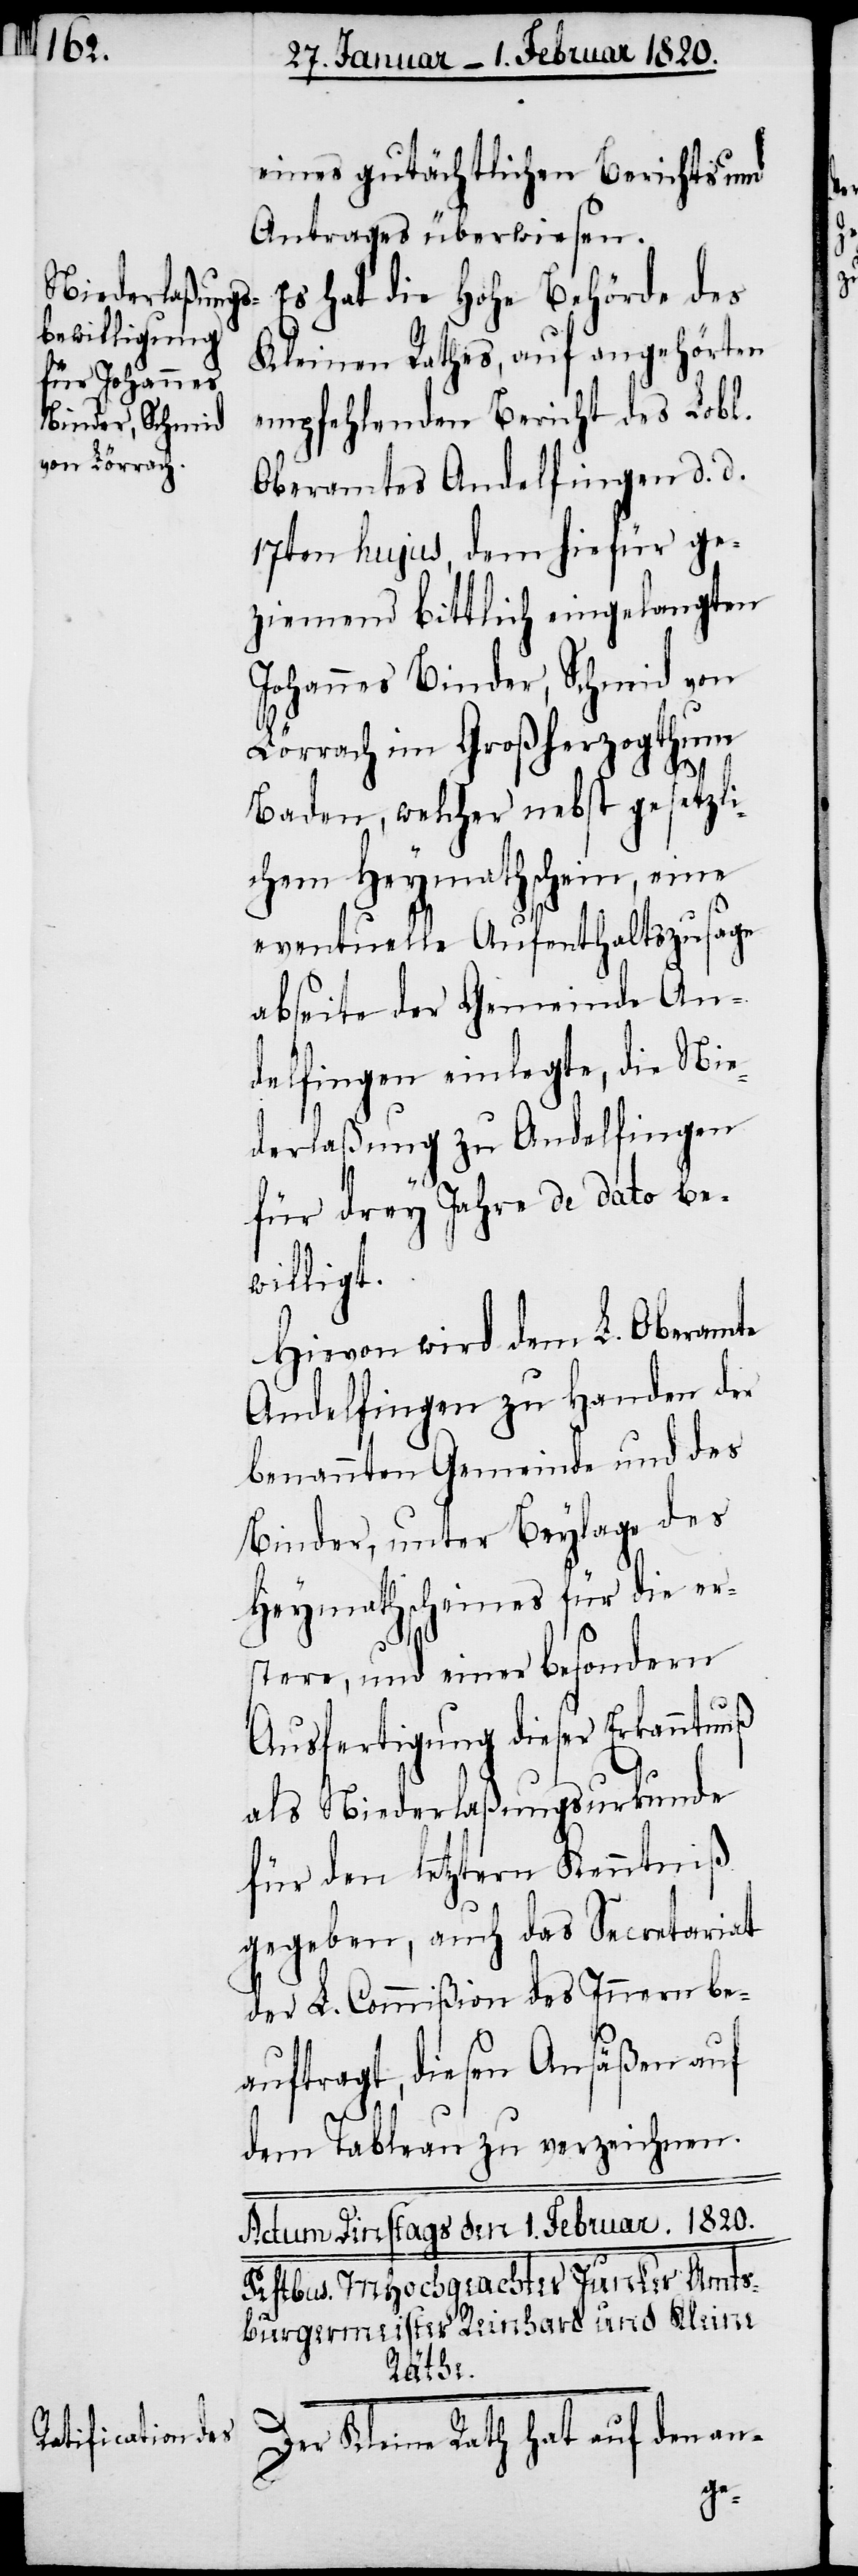
eines gutächtlichen Berichts und
Antrages überwiesen.
Es hat die Hohe Behörde des
Kleinen Rathes, auf angehörten
empfehlenden Bericht des Lobl.
Oberamtes Andelfingen d. d.
17ten hujus, dem hiefür ge¬
ziemend bittlich eingelangten
Johannes Binder, Schmid von
Lörrach im Großherzogthum
Baden, welcher nebst gesetzli¬
chem Heymathschein, eine
eventuelle Aufenthaltszusage
abseite der Gemeinde An¬
delfingen einlegte, die Nie¬
derlaßung zu Andelfingen
für drey Jahre de dato be¬
willigt.
Hievon wird dem L. Oberamte
Andelfingen zu Handen der
benannten Gemeinde und des
Binder, unter Beylage des
Heymathscheines für die er¬
stere, und einer besondern
Ausfertigung dieser Erkanntnuß
als Niederlaßungsurkunde
für den letztern Kenntniß
gegeben, auch das Secretariat
der L. Commißion des Innern be¬
auftragt, diesen Ansäßen auf
dem Tableau zu verzeichnen.
Der Kleine Rath hat auf den an-